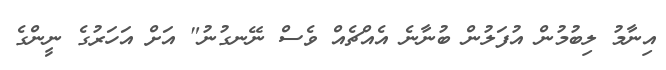
އިނާމު ލިބުމުން އުފަލުން ބުނާނެ އެއްޗެއް ވެސް ނޭނގުނު" އަށް އަހަރުގެ ނީންގެ